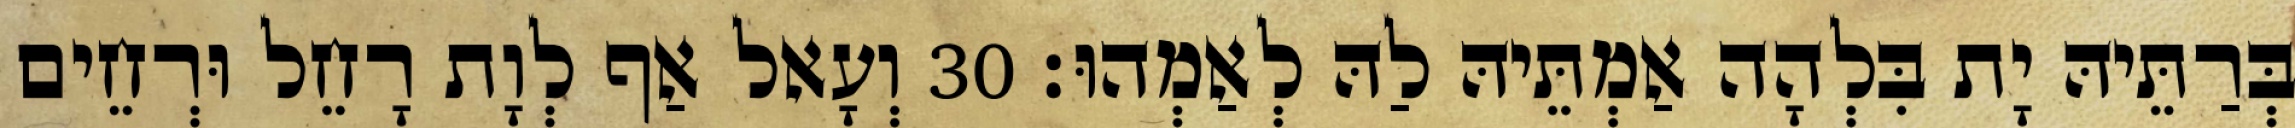
בְּרַתֵּיהּ יָת בִּלְהָה אַמְתֵּיהּ לַהּ לְאַמְהוּ׃ 30 וְעָאל אַף לְוָת רָחֵל וּרְחֵים